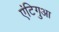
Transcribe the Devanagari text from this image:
एंटिगुआ